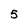
Character: 5